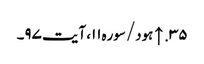
۳۵. ↑ ہود/سوره۱۱، آیت ۹۷۔